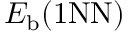
E _ { \mathrm { b } } ( \mathrm { { 1 N N } ) }